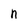
Character: n